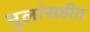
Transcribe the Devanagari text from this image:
मुलांसहीत